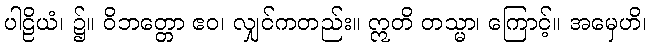
ပါဠိယံ၊ ၌။ ဝိဘတ္တော ဧဝ၊ လျှင်ကတည်း။ ဣတိ တသ္မာ၊ ကြောင့်။ အမှေဟိ၊